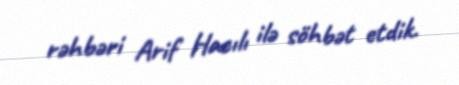
rəhbəri Arif Hacılı ilə söhbət etdik.